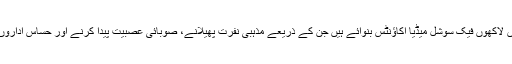
اس کے ساتھ ساتھ سوشل میڈیا پر بھارت نے پاکستان کے خلاف ہزاروں نہیں لاکھوں فیک سوشل میڈیا اکاؤنٹس بنوائے ہیں جن کے ذریعے مذہبی نفرت پھیلانے، صوبائی عصبیت پیدا کرنے اور حساس اداروں کو تنقید کا نشانہ بنانے اور جعلی ویڈیوز اپ لوڈ کرنے کا کام کیا جائے گا۔